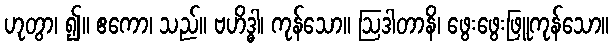
ဟုတွာ၊ ၍။ ဧကော၊ သည်။ ဗဟိဒ္ဓါ၊ ကုန်သော။ ဩဒါတာနိ၊ ဖွေးဖွေးဖြူကုန်သော။